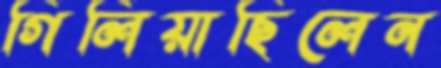
গিলিয়াছিলেন